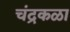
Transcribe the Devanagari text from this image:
चंद्रकळा